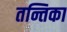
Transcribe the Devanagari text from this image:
तन्तिका